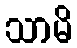
သာမိ